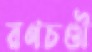
রণচণ্ডী